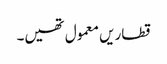
قطاریں معمول تھیں۔